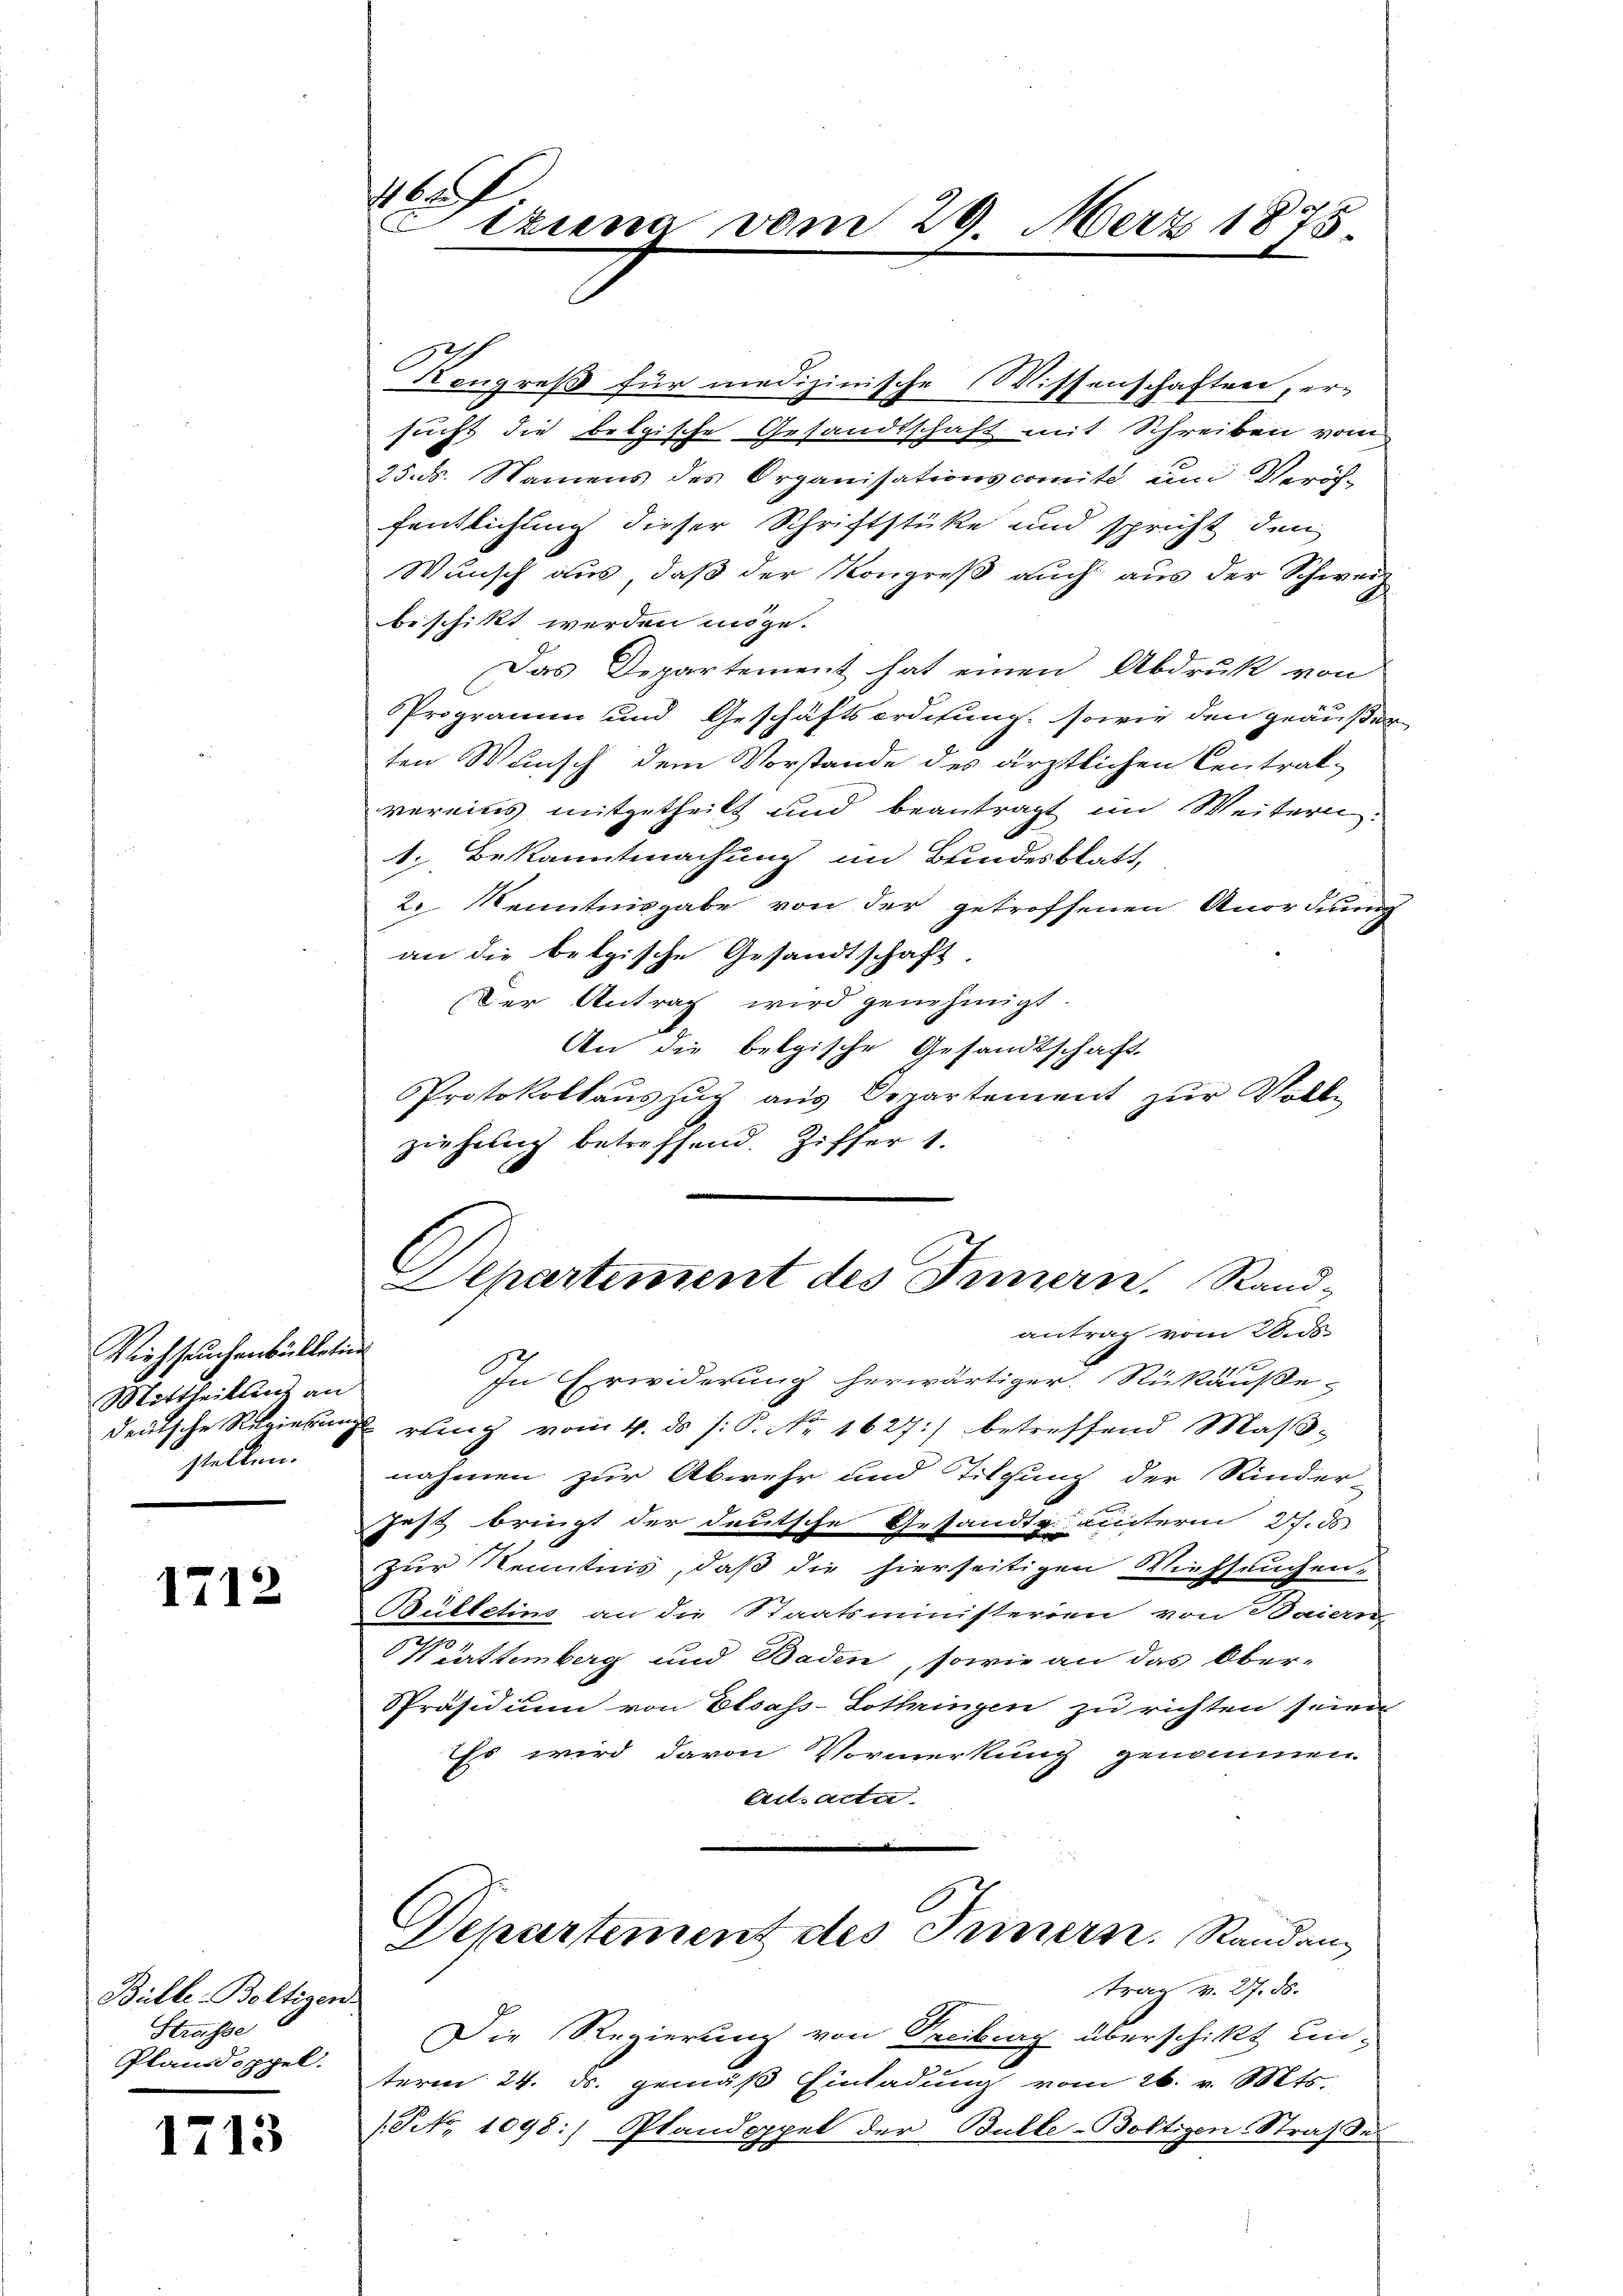
Viehseuchenbülletin
Mittheilung an
deutsche Regierungs
stellen.

1712

Bülle-Boltigen-
Strasse
Plandoppel.

1713

7
tzung vom 29. März 1875

Kongreß für medizinische Wissenschaften, er-
sucht die belgische Gesandtschaft mit Schreiben vom
25. d. Namens des Organisationscomité un Veröhfentlichung dieser Schriftstücke und spricht den
Wunsch aus, daß der Kongreß auch aus der Schweiz
beschikt werden möge.
Das Departement hat einen Abdruk von
Programm und Geschäftsordifung, sowie den geäußer
ten Wunsch dem Vorstande des ärztlichen Central-
vereins mitgetheilt und beantragt im Weitern.
1. Bekanntmachung im Bundesblatt,
2. Kenntnisgabe von der getroffenen Anordnung
an die belgische Gesandtschaft.
(der Antrag wird genehmigt.
An die belgische Gesandtschaft
Protokollaŭszŭg aŭs Departement zŭr Voll-
ziehung betreffend. Ziffer 1.
Departement des Innern. Rand-
antrag vom 28. ds.
In Erwiderung herwärtiger. Rükäuße-
 ring vom 4. ds J. P. Nr. 1627) betreffend Maβ-
nahmen zur Abwehr und Tilgung der Kinder
jest bringt der deutsche Gesandte unterm 27. ds
Zur Kenntnis, daß die hierseitigen Viehseuchen¬
Bulletins an die Staatsministerien von Baiern
Württemberg und Baden, sowie an das Ober-
Präsidium von Elsass-Lothringen zu richten seien
Es wird davon Vormerkung genommen.
Acts acta.
Departement des Innern. Randantrag v. 27. ds.
Die Regierung von Treiburg überschikt unterm 24. ds. gemäß Einladung vom 26. v. Mts.
(Po. 1098:) Pfandoppel der Bulle-Boltigen Straßes